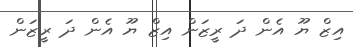
އިޒް ޔޫ އެން ދަ ރީޒަން އިޒް ޔޫ އެން ދަ ރީޒަން